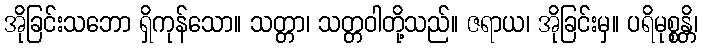
အိုခြင်းသဘော ရှိကုန်သော။ သတ္တာ၊ သတ္တဝါတို့သည်။ ဇရာယ၊ အိုခြင်းမှ။ ပရိမုစ္စန္တိ၊